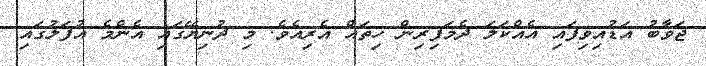
ޖަވާބު އަޑުއިވިފައި އެއްކަލަ ދެމަފިރިން ހިތައް އެރިއެވެ. މި ދުނިޔޭގައި އެންމެ އުފަލުގައި